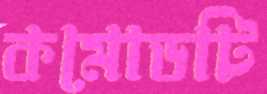
কমোডটি